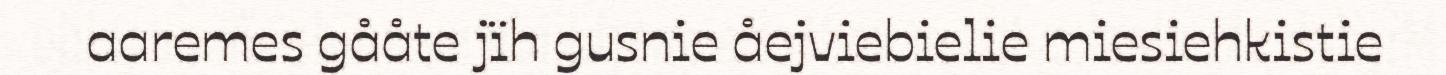
aaremes gååte jïh gusnie åejviebielie miesiehkistie